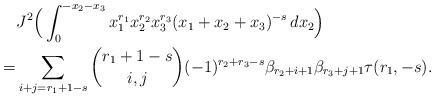
LaTeX: \begin{align*}&J^2\Big(\int_0^{-x_2-x_3}x_1^{r_1}x_2^{r_2}x_3^{r_3}(x_1+x_2+x_3)^{-s} \,dx_2\Big)\\=&\sum_{i+j=r_1+1-s}\binom{r_1+1-s}{i,j}(-1)^{r_2+r_3-s}\beta_{r_2+i+1}\beta_{r_3+j+1}\tau(r_1,-s).\end{align*}